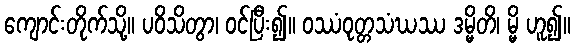
ကျောင်းတိုက်သို့။ ပဝိသိတွာ၊ ဝင်ပြီး၍။ ဝဿံဝုတ္တသံဃဿ ဒမ္မိတိ၊ မ္မိ ဟူ၍။